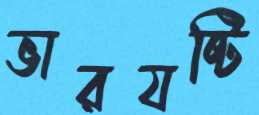
ভারযষ্টি